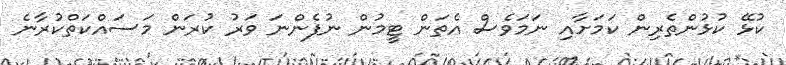
ކުޅޭ ކުޅުންތެރިން ކަމަށާއި ނަމަވެސް އެތަން ޓީމުން ނުފެންނަ ވަރު ކުރަން މަސައްކަތްކުރާނެ